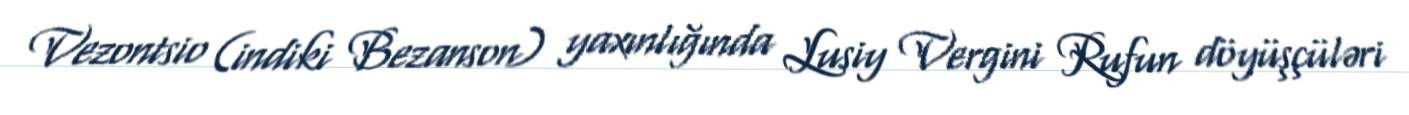
Vezontsio (indiki Bezanson) yaxınlığında Lusiy Vergini Rufun döyüşçüləri